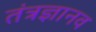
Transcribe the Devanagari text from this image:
तंत्रज्ञानव